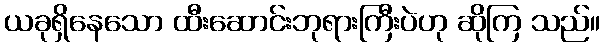
ယခုရှိနေသော ထီးဆောင်းဘုရားကြီးပဲဟု ဆိုကြ သည်။